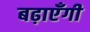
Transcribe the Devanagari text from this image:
बढ़ाएँगी